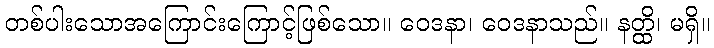
တစ်ပါးသောအကြောင်းကြောင့်ဖြစ်သော။ ဝေဒနာ၊ ဝေဒနာသည်။ နတ္ထိ၊ မရှိ။